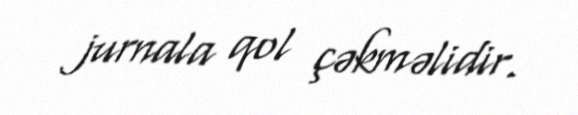
jurnala qol çəkməlidir.